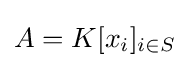
{\textstyle A=K[x_{i}]_{i\in S}}